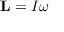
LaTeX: \mathbf { L } = I { \boldsymbol { \omega } }